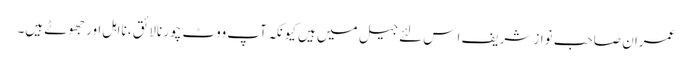
عمران صاحب نواز شریف اِس لئے جیل میں ہیں کیونکہ آپ ووٹ چور نالائق ، نااہل اور جھوٹے ہیں۔